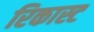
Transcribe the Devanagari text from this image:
रिकास्ट